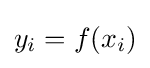
y_{i}=f(x_{i})